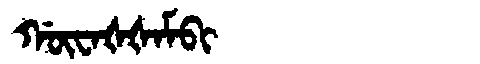
Manchu: ᡤᡡᠸᠠᡧᡧᠠᠮᠪᡳ
Romanization: GŪWAŠŠAMBI